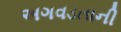
અગવડતાની